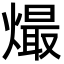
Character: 熶